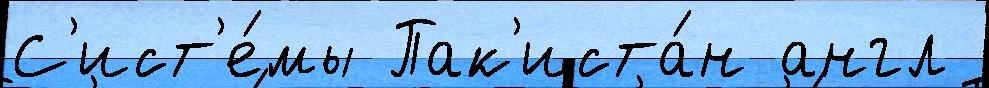
С'ист'е́мы Пак'иста́н англ